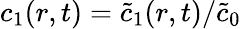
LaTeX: c_{1}(r,t)=\widetilde{c}_{1}(r,t)/\widetilde{c}_{0}